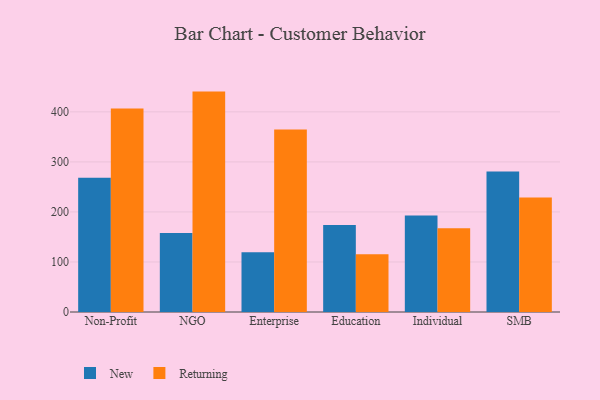
{"axis": {"x": "Segment", "y": "Satisfaction Score"}, "legend": ["New", "Returning"], "data": [{"x": "Non-Profit", "y": 268.2, "type": "New"}, {"x": "Non-Profit", "y": 406.5, "type": "Returning"}, {"x": "NGO", "y": 158.0, "type": "New"}, {"x": "NGO", "y": 440.5, "type": "Returning"}, {"x": "Enterprise", "y": 119.5, "type": "New"}, {"x": "Enterprise", "y": 364.6, "type": "Returning"}, {"x": "Education", "y": 173.8, "type": "New"}, {"x": "Education", "y": 115.3, "type": "Returning"}, {"x": "Individual", "y": 192.8, "type": "New"}, {"x": "Individual", "y": 167.2, "type": "Returning"}, {"x": "SMB", "y": 280.7, "type": "New"}, {"x": "SMB", "y": 228.9, "type": "Returning"}]}